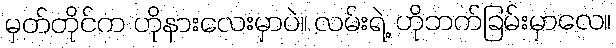
မှတ်တိုင်က ဟိုနားလေးမှာပဲ။ လမ်းရဲ့ ဟိုဘက်ခြမ်းမှာလေ။